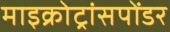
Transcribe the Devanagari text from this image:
माइक्रोट्रांसपोंडर